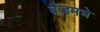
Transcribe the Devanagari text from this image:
बैंडमधे